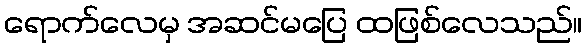
ရောက်လေမှ အဆင်မပြေ ထဖြစ်လေသည်။